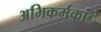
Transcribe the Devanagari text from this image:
अभिकर्मकांे